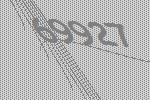
69927